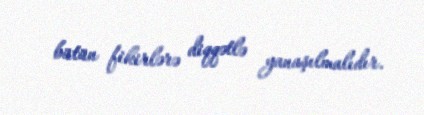
bütün fikirlərə diqqətlə yanaşılmalıdır.